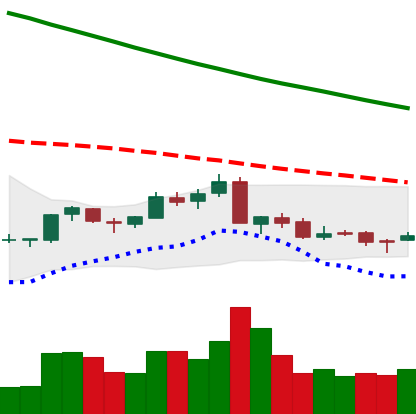
Ticker: NEO-USD
Chart end date: 2018-09-13
Forward return: -6.543%
Label: down_5_7